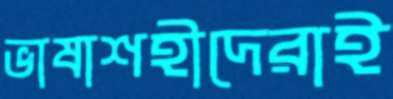
ভাষাশহীদেরাই